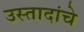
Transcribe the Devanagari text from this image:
उस्तादांचे